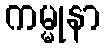
ကမ္မုနာ